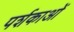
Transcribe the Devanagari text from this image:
पर्शकाओं